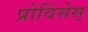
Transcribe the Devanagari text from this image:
प्रोविंसेस्